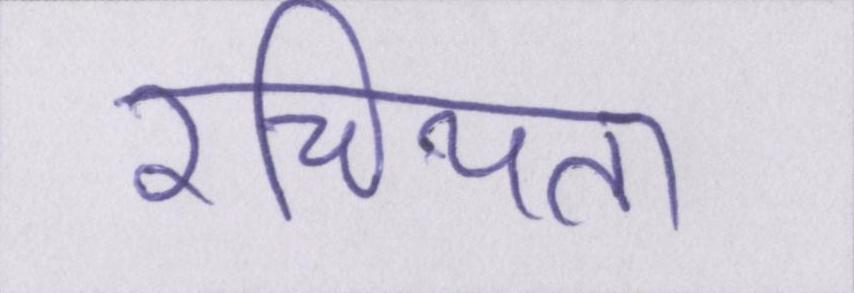
रचियता